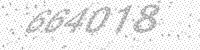
Solution: 664018